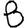
Digit: 8